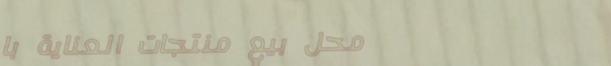
محل بيع منتجات العناية با